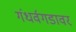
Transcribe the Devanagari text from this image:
गंधर्वगडावर